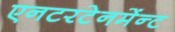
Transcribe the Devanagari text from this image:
एनटरटेनमेंन्ट